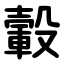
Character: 轂